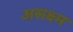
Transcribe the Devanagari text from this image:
असक्ष्म